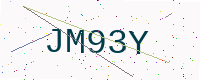
Text: JM93Y